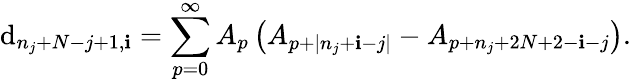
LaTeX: \mathrm{d}_{n_{j}+N-j+1,\mathbf{i}}=\sum_{p=0}^{\infty}A_{p}\left(A_{p+|n_{j}+\mathbf{i}-j|}-A_{p+n_{j}+2N+2-\mathbf{i}-j}\right).